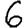
Digit: 6